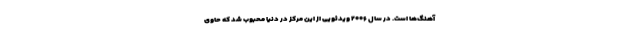
آهنگ‌ها است. در سال ۲۰۰۶ ویدئویی از این مرکز در دنیا محبوب شد که حاوی